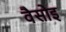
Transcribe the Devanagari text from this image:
वैसोइ